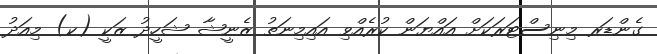
ގެންޑަރ މިނިސްޓަރަކަށް އައްޔަން ކުރެއްވި އައިމިނަތު ޒެނީޝާ ޝަހީދު ޒަކީ (ކ) މިއަދު